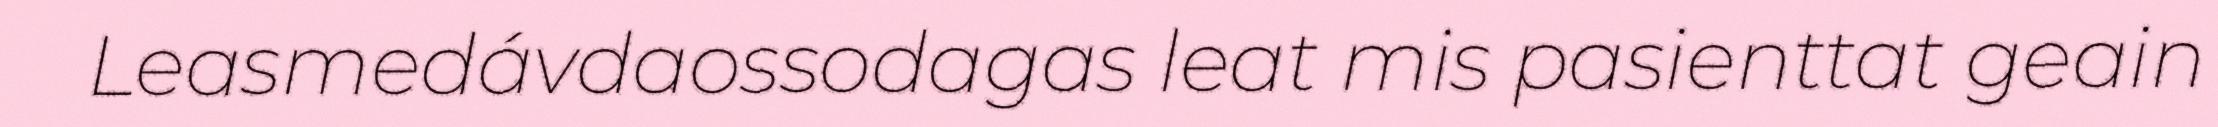
Leasmedávdaossodagas leat mis pasienttat geain